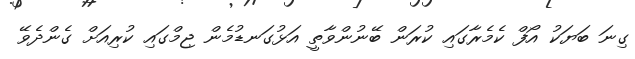
ގިނަ ބަޔަކު އޯފް ކެމެރާގައި ކުރަން ބޭނުންވާތީ އަޅުގަނޑުމެން ޖިމްގައި ކުރިއަށް ގެންދެވޭ